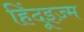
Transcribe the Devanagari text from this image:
हिंदूइज़्म